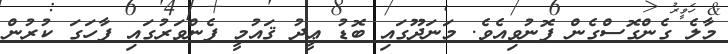
މާލެ ގެންގޮސްގެން ފޮނުވިއެވެ. މަނަދޫގައި ބޮޑު ޢީދު ޤައުމީ ފެންވަރުގައި ފާހަގަ ކުރުން